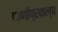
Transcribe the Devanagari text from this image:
पाणीप्रकल्प